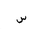
Letter: _sin